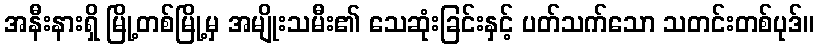
အနီးနားရှိ မြို့တစ်မြို့မှ အမျိုးသမီး၏ သေဆုံးခြင်းနှင့် ပတ်သက်သော သတင်းတစ်ပုဒ်။